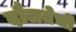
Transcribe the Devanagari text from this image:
दौलतेची